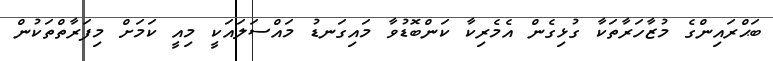
ބަޙްރައިންގެ މުޒާހަރާތަކާ ގުޅިގެން އެމެރިކާ ކަންބޮޑުވާ މައިގަނޑު މައްސަލައަކީ މިއީ ކަމަށް މިފަރާތްތަކުން